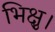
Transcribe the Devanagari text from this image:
भिक्षु।